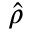
\hat { \rho }